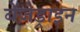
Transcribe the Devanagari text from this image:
बेंज़ेड्राइन